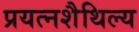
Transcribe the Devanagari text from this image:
प्रयत्नशैथिल्य